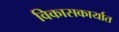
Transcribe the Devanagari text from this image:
विकासकार्यात